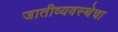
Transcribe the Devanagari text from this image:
जातीव्यवस्थेचा